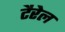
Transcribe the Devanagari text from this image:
टैरेल